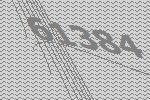
61384